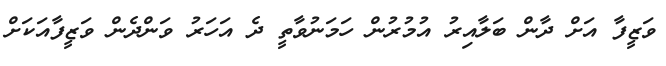
ވަޒީފާ އަށް ދާން ބަލާއިރު އުމުރުން ހަމަނުވާތީ ދެ އަހަރު ވަންދެން ވަޒީފާއަކަށް